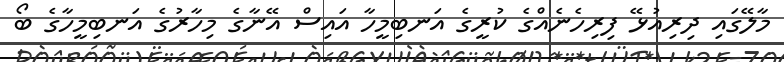
މާލޭގައި ދިރިއުޅޭ ފިރިހެނެއްގެ ކުރީގެ އަނބިމީހާ އައިސް އޭނާގެ މިހާރުގެ އަނބިމީހާގެ ބޯ